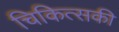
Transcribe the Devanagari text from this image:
चिकित्सकी